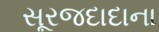
સૂરજદાદાના